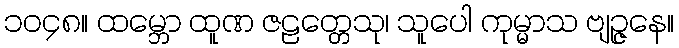
၁၀၄၈။ ထမ္ဘော ထူဏ ဇဠတ္တေသု၊ သူပေါ ကုမ္မာသ ဗျဉ္ဇနေ။